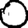
Digit: 0